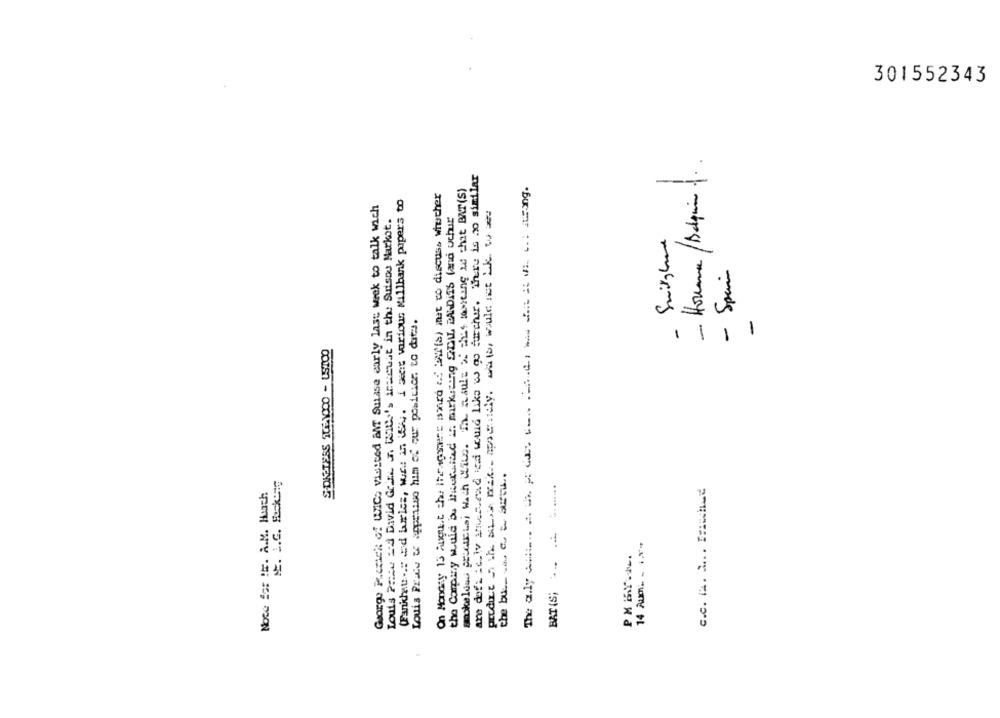
301552343
- Houma/Bapin ...
are dof_ _ c. iv mmehrad iga would like w go furchur. There is no similar
The only so A Che A GUY CON TORCI Ww IR IL MIL; Turing.
On Monday 13 August che Ifragment iswird ed to(s) met to discuss whether
smoke loud productaj wach Wite. Th Rauls X eles tasting we chat BAT(S)
Fankhat ..: d brles, wir .: M WSh. i ment various Millbank papers to
George H.erick of WMC: visited anT Suisse early last week to talk wich
Louis Pace Ed David Grik J. beier's inexcuut in the Suisou Markot.
the Company would be Backunited In marketing SOLL BANDITS (and ochur
- Spain
Louis Prate w appenuso him of our position. to date.
-
SHONETESS 1061000 - USTCO
the bu :_ c = SEw.
BAT(S; .... .......
c.c. P. M .. FRWhat
Noce for IE. A.M. Hunch
PM BY ....